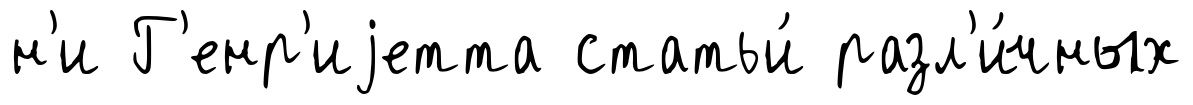
н'и Г'енр'иjетта статьи́ разл'и́чных